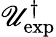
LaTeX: \mathscr{U}_{\exp}^{\dagger}